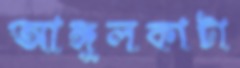
আঙ্গুলকাটা